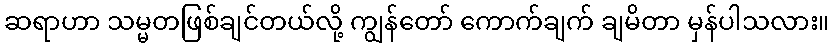
ဆရာဟာ သမ္မတဖြစ်ချင်တယ်လို့ ကျွန်တော် ကောက်ချက် ချမိတာ မှန်ပါသလား။